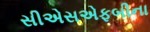
સીએસએફબીના